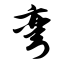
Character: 弯